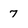
Character: 7